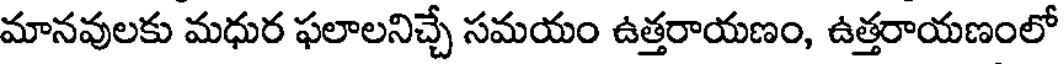
మానవులకు మధుర ఫలాలనిచ్చే సమయం ఉత్తరాయణం, ఉత్తరాయణంలో